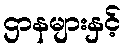
ဌာနများနှင့်